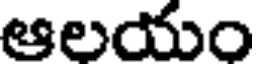
ఆలయం